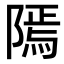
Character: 𨻳